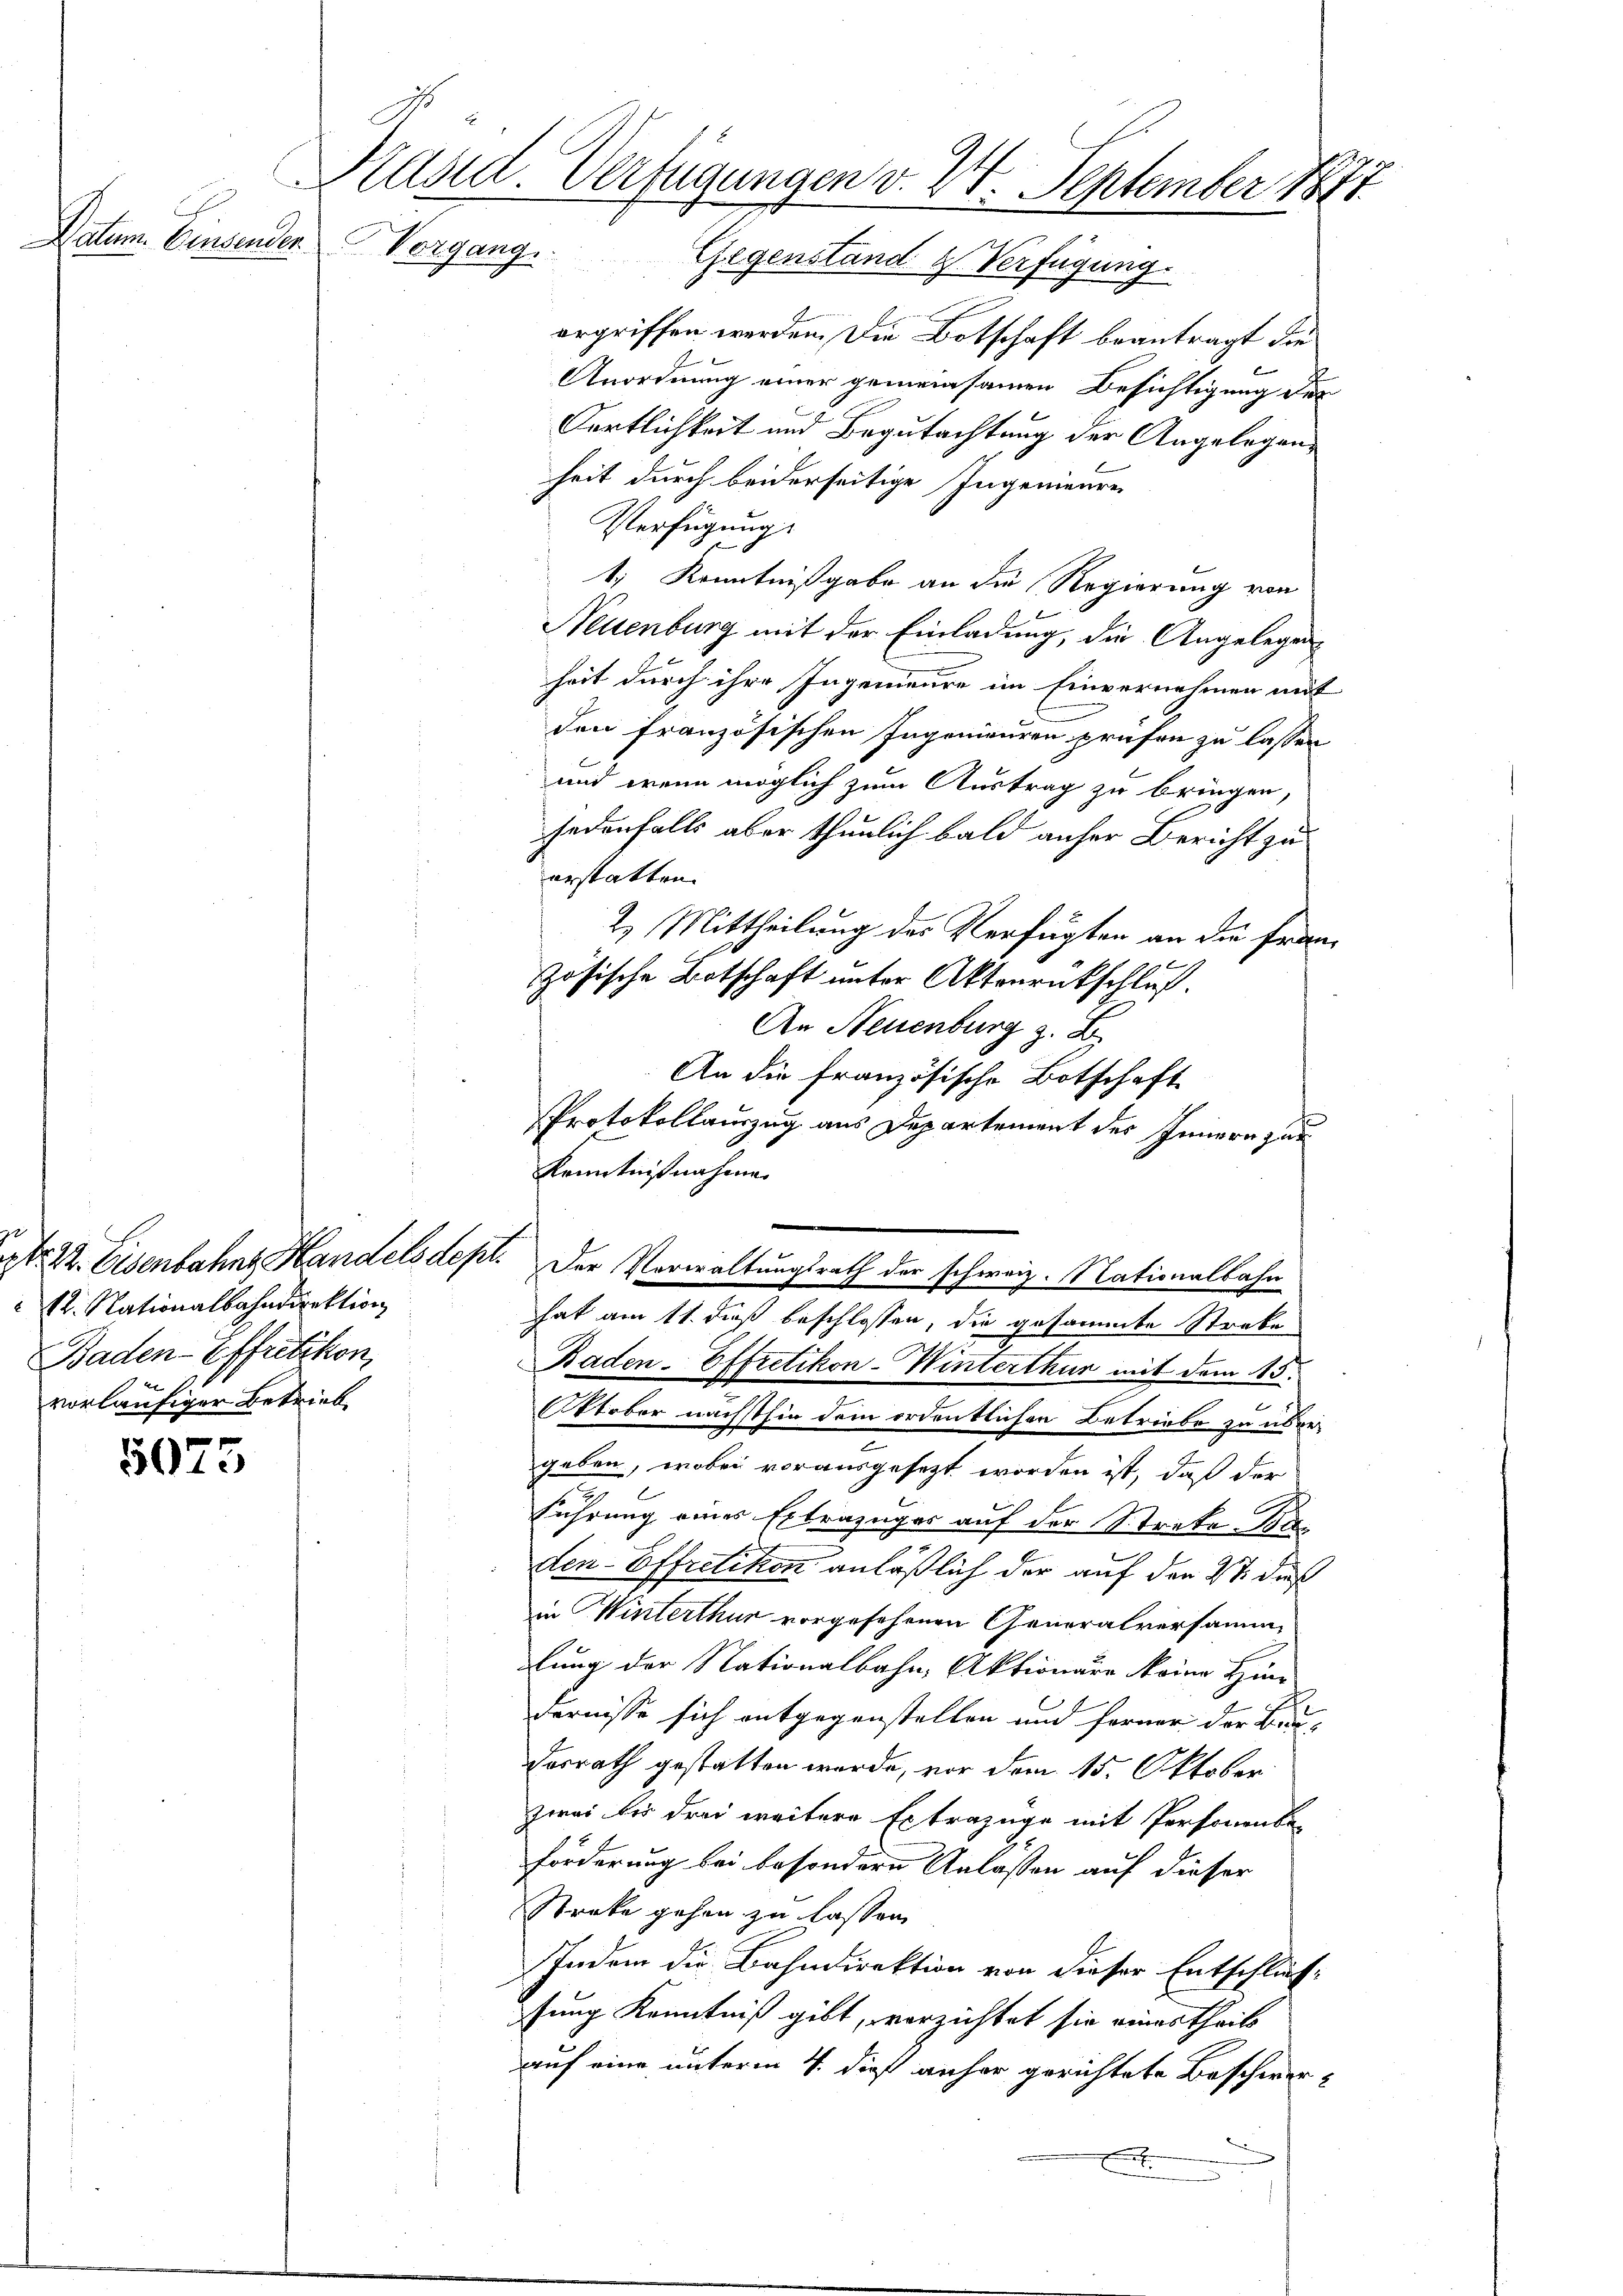
Datum. Einsender

12. Nationalbahndirektion
Baden-Pffretikon,
E
vorläufiger Betrieb.

5075

Präsid. Verfügungen v. 24. September 1871
Vorgang
Gegenstand & Verfügung.

ergriffen werden. Die Botschaft beantragt die
Anordnung einer gemeinsamen Besichtigung des
Oertlichkeit und Begutachtung der Angelegenheit durch beiderseitige Ingenieure
Verfügung:
1. Kenntnißgabe an die Regierung von
1
Neuenburg mit der Einladung, die Angelegen
heit durch ihre Ingenieure im Einvernehmen mit
den französischen Ingenieuren prüfen zu lassen
und wenn möglich zum Austrag zu bringen,
jedenfalls aber thunlich bald anher Bericht zu
erstatten.
2.) Mittheilung des Verfügten an die Französische Botschaft unter Aktenrückschluß.
An Neuenburg z. B.
An die französische Botschaft
Protokollauszug aus Departement des Innern zur
Kenntnißnahme
.
it. 22. Eisenbahne Handelsdept. Der Verwaltungsrath der schweiz. Nationalbahn
hat am 11. dieß beschlossen, die gesammte Strebe
Baden-Effretikon-Winterthur mit dem 15.
Oktober nächsthin dem ordentlichen Betriebe zu übergeben, wobei vorausgesezt worden ist, daß der
führung eines Extrazüger auf der Streke Biden Effretikon anläßlich der auf den 27. dieß
in Winterthur vorgesehenen Generalversamm
lung der Nationalbahn, Aktionäre keine Hin-
dernisse sich entgegenstellen und ferner der Bau-
Dorrath gestatten wurde, vor dem 15. Oktober
zwei bis drei weitere Extrazüge mit Personenbe-
förderung bei besondern Anlassen auf dieser
Streke gehen zu lassen.
Indem die Bahndirektion von dieser Entschlüs
sung Kenntniß gibt, verzichtet sie eines theils
auf eine unterm 4. dieß anher gerichtete Beschwer¬
.